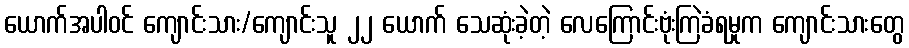
ယောက်အပါဝင် ကျောင်းသား/ကျောင်းသူ ၂၂ ယောက် သေဆုံးခဲ့တဲ့ လေကြောင်းဗုံးကြဲခံရမှုက ကျောင်းသားတွေ